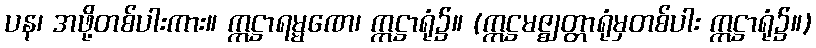
ပန၊ အဖို့တစ်ပါးကား။ ဣဋ္ဌာရမ္မဏေ၊ ဣဋ္ဌာရုံ၌။ (ဣဋ္ဌမဇ္ဈတ္တာရုံမှတစ်ပါး ဣဋ္ဌာရုံ၌။)